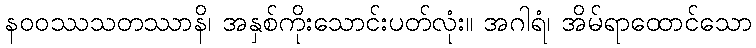
နဝဝဿသတဿာနိ၊ အနှစ်ကိုးသောင်းပတ်လုံး။ အဂါရံ၊ အိမ်ရာထောင်သော